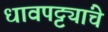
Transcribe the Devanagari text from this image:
धावपट्ट्यांचे